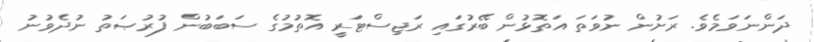
ދަންނަވަމެވެ. ރަށުން ނުވަތަ އަތޮޅުން ބޭރުގައި ރަޖިސްޓަރީ އޮތުމުގެ ސަބަބުން ފުރުޞަތު ނުދެވުނު